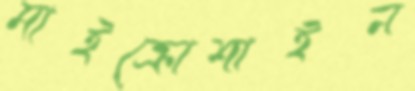
মাইক্রোশাইন